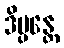
ဒိပ္ပန္တေ